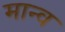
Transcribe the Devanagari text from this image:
मान्व